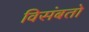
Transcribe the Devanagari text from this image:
विसंबतो